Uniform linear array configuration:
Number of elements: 32
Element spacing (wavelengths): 0.25
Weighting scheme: kaiser
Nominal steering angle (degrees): -45
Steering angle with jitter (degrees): -46.649
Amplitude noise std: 0.05
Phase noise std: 0.05

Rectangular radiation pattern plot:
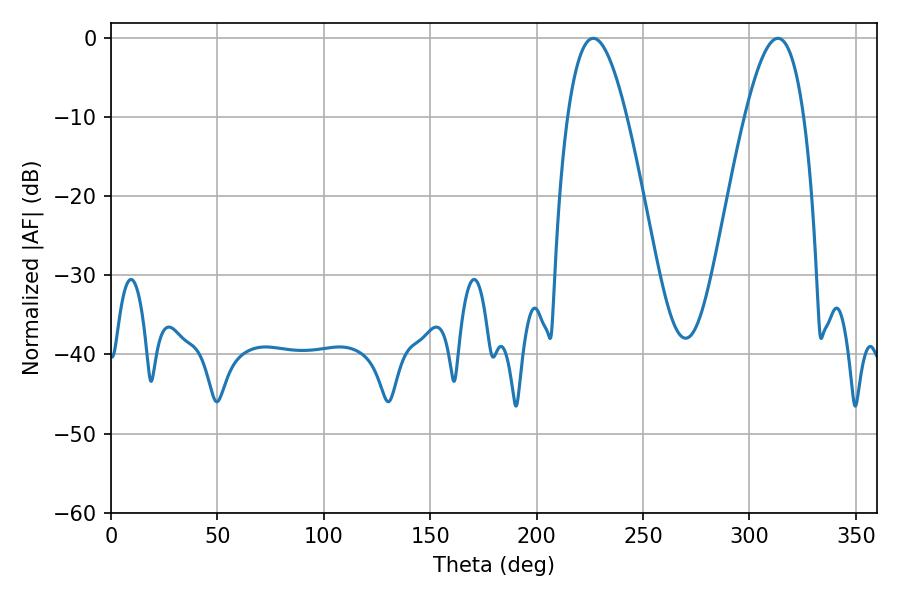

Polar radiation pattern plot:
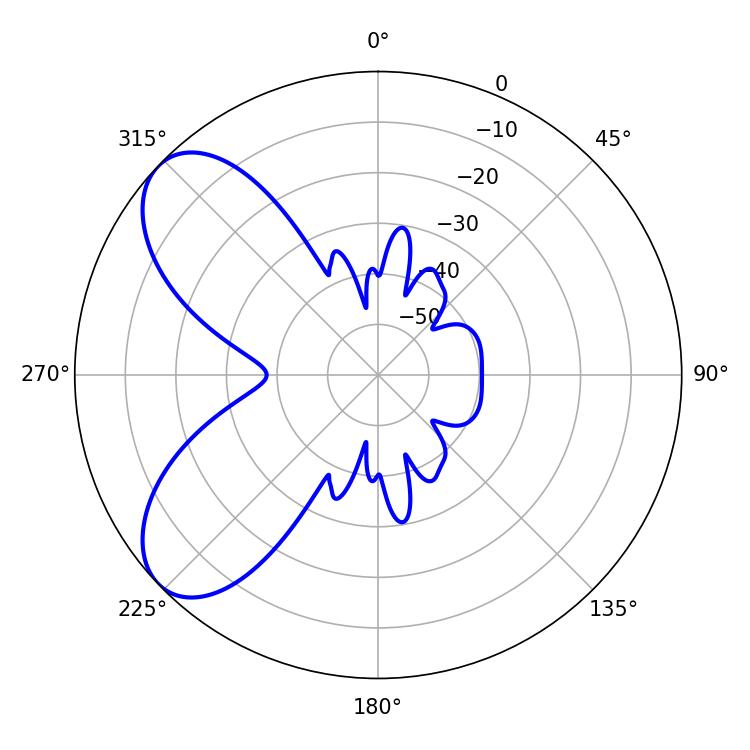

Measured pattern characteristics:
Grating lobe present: FALSE
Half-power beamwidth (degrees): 15.12
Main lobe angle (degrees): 226.62